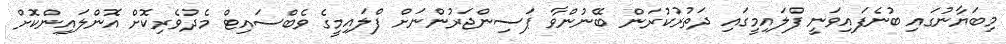
މިބަޔާނުގައި ބުނެފައިވަނީ ފްލައިމީގައި ދަތުރުކުރަން ބޭނުންވާ ޕަސިންޖަރުންނަށް ފްލައިމީގެ ވެބްސައިޓް މެދުވެރިކޮށް އޮންލައިންކޮށް